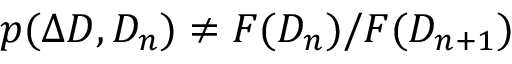
p ( \Delta D , D _ { n } ) \neq F ( D _ { n } ) / F ( D _ { n + 1 } )